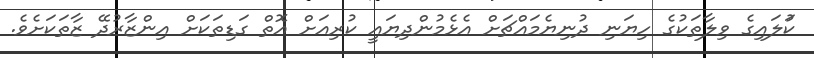
ކުަލައިގެ ވިލާތަކުގެ ހިޔަނި ދުނިޔެމައްޗަށް އެޅެމުންދިޔައީ ކުރިއަށް އޮތް ގަޑިތަކަށް އިންޒާރުދޭ ޒާތަކަށެވެ.